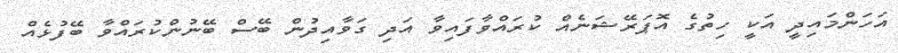
އަހަންމައިދީ އަކީ ހިތުގެ އޮޕަރޭޝަނެއް ކުރައްވާފައިވާ އަދި ގަވާއިދުން ބޭސް ބޭނުންކުރައްވާ ބޭފުޅެއް